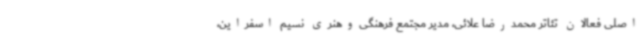
اصلی فعالان تئاتر محمدرضا علائی، مدیر مجتمع فرهنگی‌وهنری نسیم اسفراین،